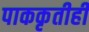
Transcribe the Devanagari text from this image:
पाककृतीही